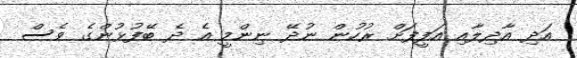
އަދި އާދިލާއި އަފީފަށް ރުހުން ނުދޭ ނިންމީ އެ ދެ ބޭފުޅުންގެ ވެސް